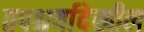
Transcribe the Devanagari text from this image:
तपश्चर्यादेखील